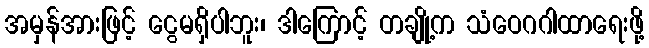
အမှန်အားဖြင့် ငွေမရှိပါဘူး၊ ဒါကြောင့် တချို့က သံဝေဂဂါထာရေးဖို့